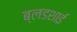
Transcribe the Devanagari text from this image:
ब्लडशाई